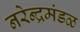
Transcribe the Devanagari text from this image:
नरेन्द्रमंडळ